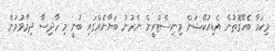
މިކަމާ ބެހޭގޮތުން އެޑިއުކޭޝަން މިނިސްޓްރީން ނެރުނު ބަޔާނެއްގައި ބުނީ މި ހާދިސާ ދިމާވުމުން